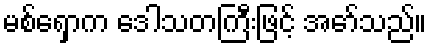
မစ်ရှောက ဒေါသတကြီးဖြင့် အော်သည်။